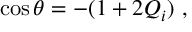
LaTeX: \cos \theta = - ( 1 + 2 Q _ { i } ) ~ ,